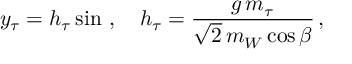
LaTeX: y _ { \tau } = h _ { \tau } \sin \b \, , \quad h _ { \tau } = \frac { g \, m _ { \tau } } { \sqrt 2 \, m _ { W } \cos \beta } \, ,